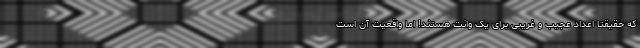
که حقیقتا اعداد عجیب و غریبی برای یک وانت هستند! اما واقعیت آن است